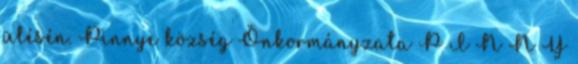
ülésén. Pinnye község Önkormányzata P I N N Y